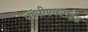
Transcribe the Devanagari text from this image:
पॉलीएक्टाइड